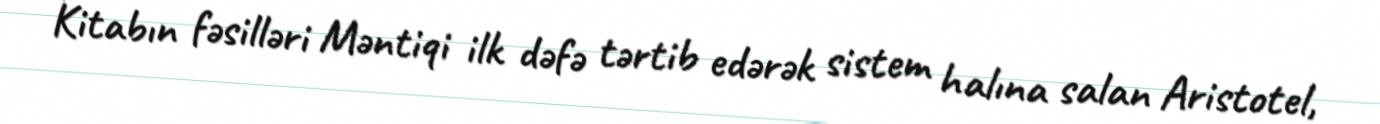
Kitabın fəsilləri Məntiqi ilk dəfə tərtib edərək sistem halına salan Aristotel,